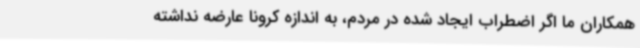
همکاران ما اگر اضطراب ایجاد شده در مردم، به اندازه کرونا عارضه نداشته